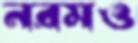
নরমও